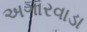
અગારવાડા